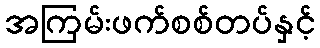
အကြမ်းဖက်စစ်တပ်နှင့်